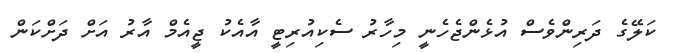
ކަލޭގެ ދަރިންވެސް އުޅެންޖެހެނީ މިހާރު ސެކިއުރިޓީ އާއެކު ޖީއެމް އާރު އަށް ދަށްކަން